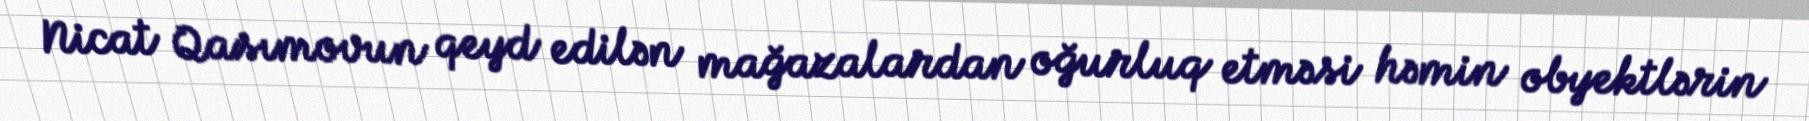
Nicat Qasımovun qeyd edilən mağazalardan oğurluq etməsi həmin obyektlərin